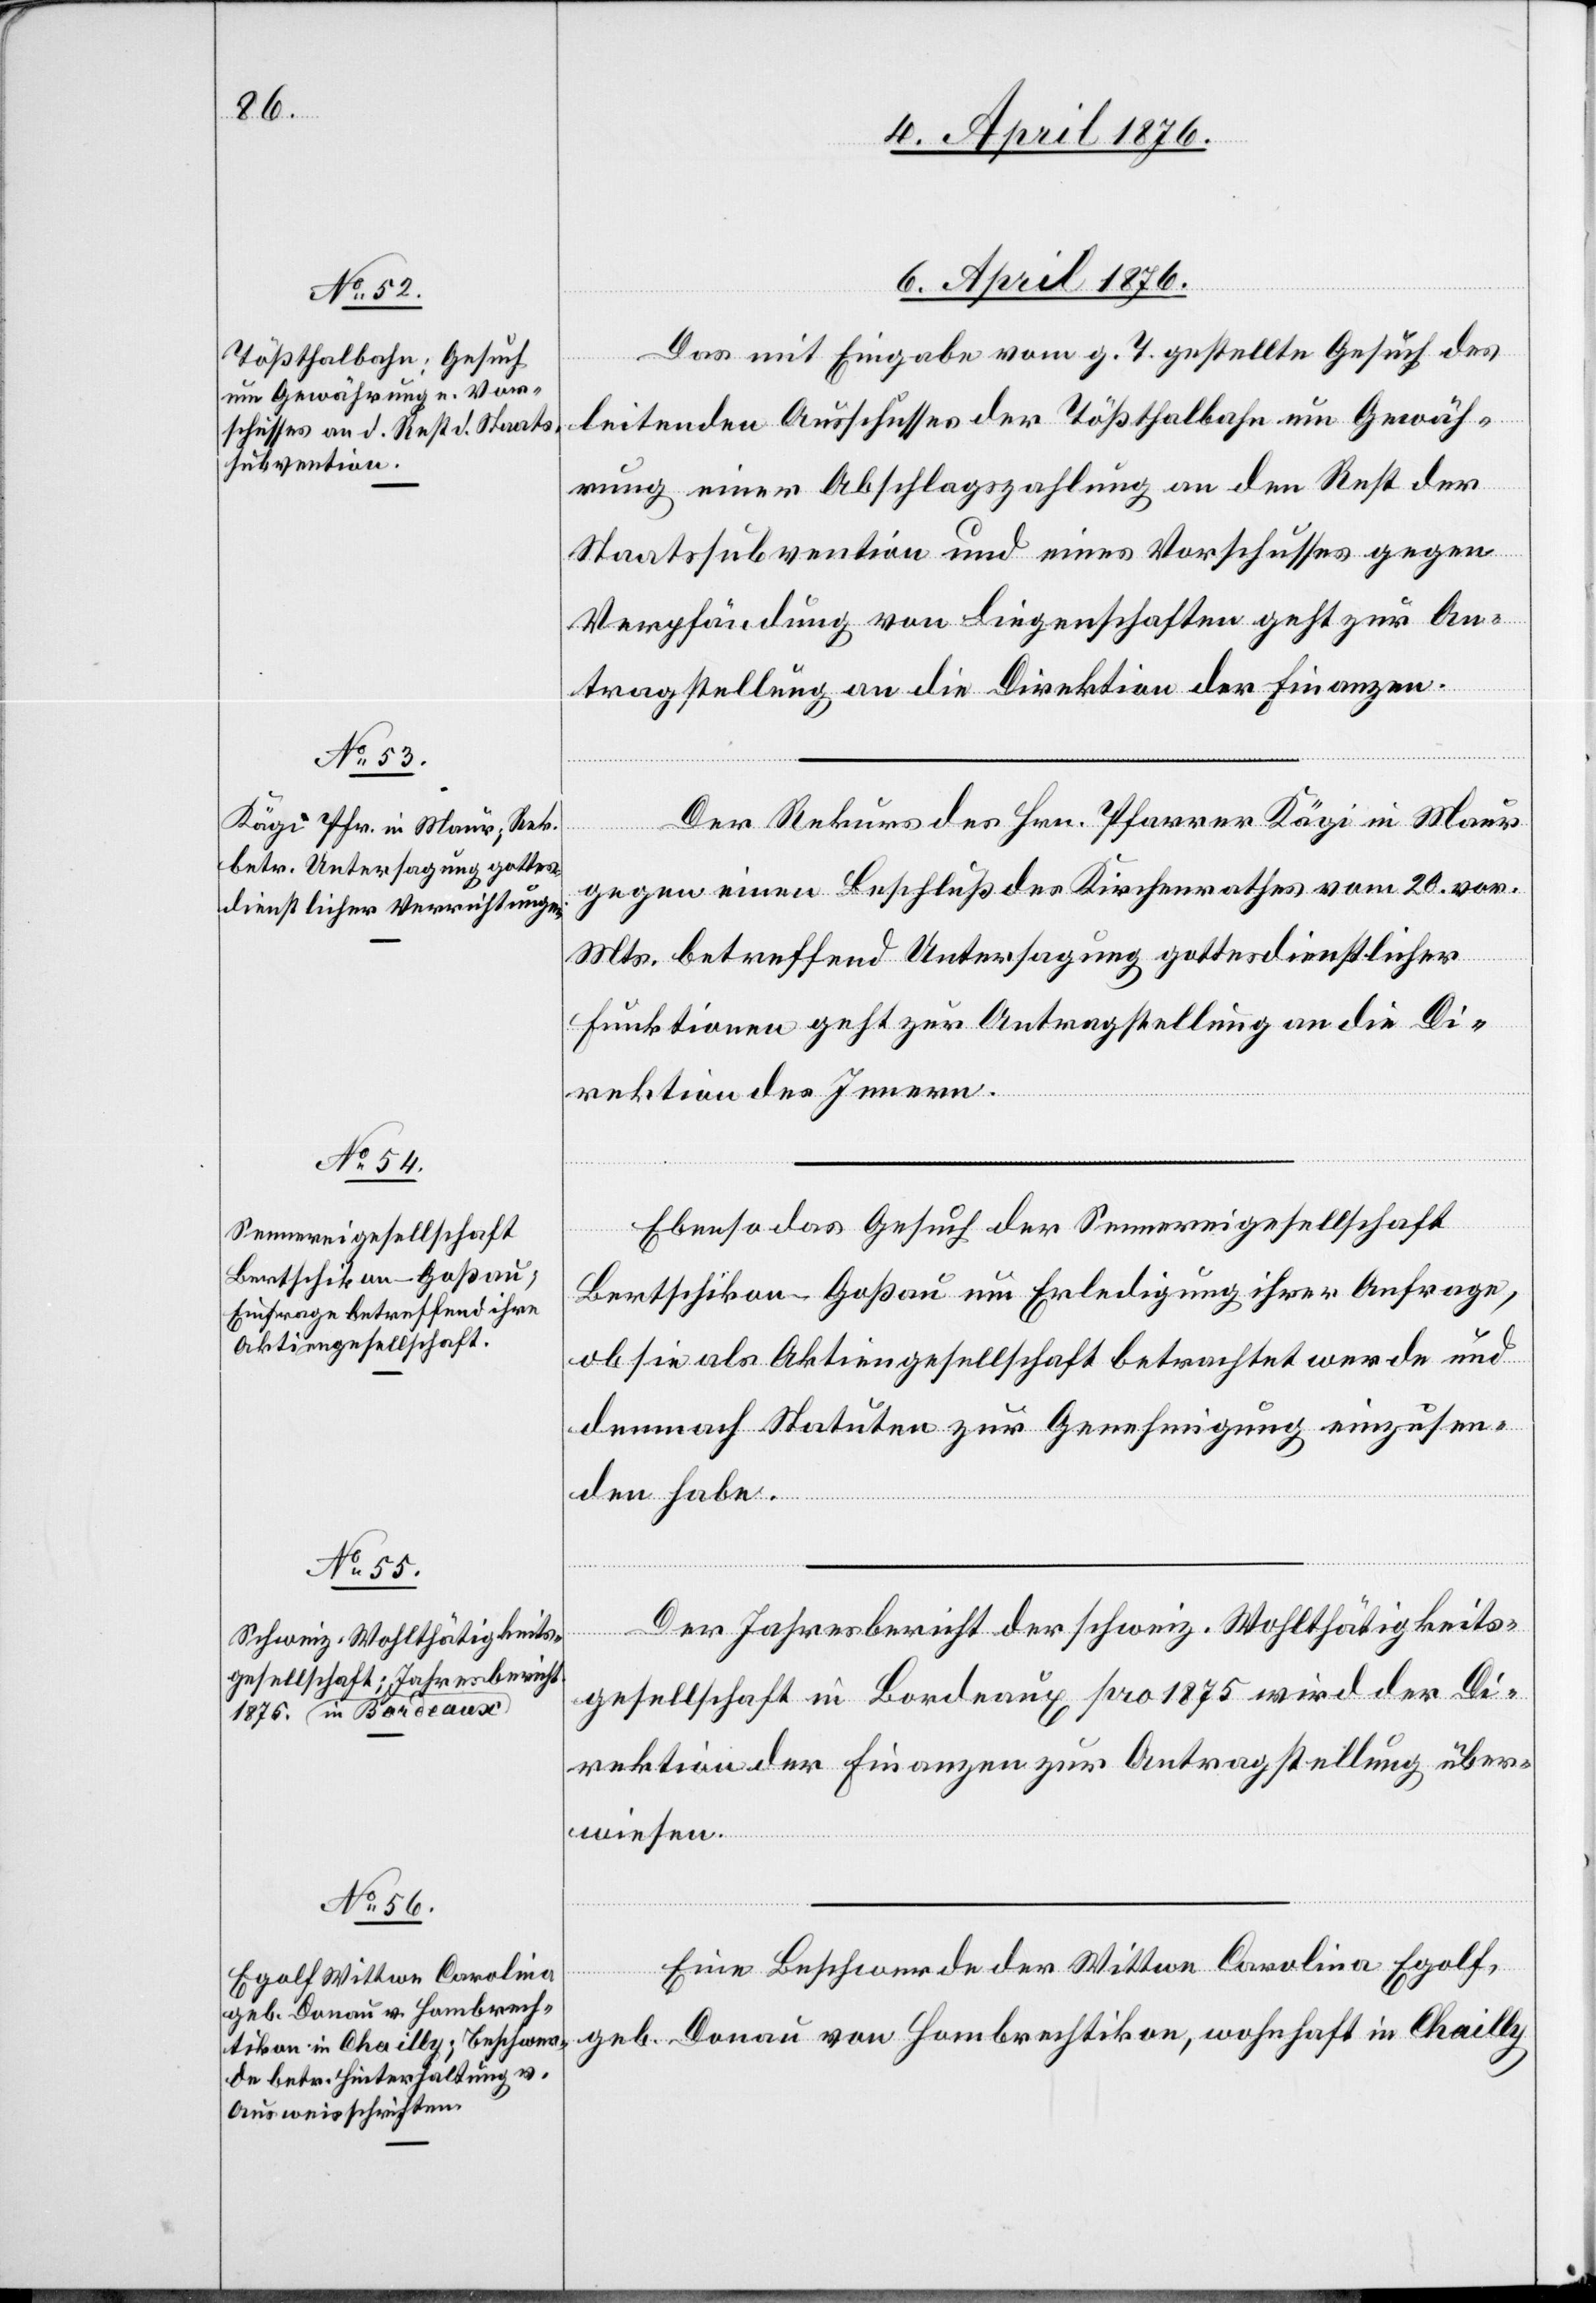
6. April 1876.]
Das mit Eingabe vom g. T. gestellte Gesuch des
leitenden Ausschusses der Tößthalbahn um Gewäh¬
rung einer Abschlagszahlung an den Rest der
Staatssubvention und eines Vorschusses gegen
Verpfändung von Liegenschaften geht zur An¬
tragstellung an die Direktion der Finanzen.
Der Rekurs des Hrn. Pfarrer Kägi in Maur
gegen einen Beschluß des Kirchenrathes vom 20. vor.
Mts. betreffend Untersagung gottesdienstlicher
Funktionen geht zur Antragstellung an die Di¬
rektion des Innern.
Ebenso das Gesuch der Sennereigesellschaft
Bertschikon-Goßau um Erledigung ihrer Anfrage
on sie als Aktiengesellschaft betrachtet werde und
demnach Statuten zur Genehmigung einzusen¬
den habe.
Der Jahresbericht der schweiz. Wohlthätigkeits¬
gesellschaft in Bordeaux pro 1875 wird der Di¬
rektion der Finanzen zur Antragstellung über¬
wiesen.
Eine Beschwerde der Wittwe Carolina Egolf,
geb. Donau von Hombrechtikon, wohnhaft in Chailly